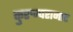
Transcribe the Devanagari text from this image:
कुरुम्परानाट